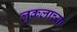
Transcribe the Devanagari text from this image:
लुकलाच्या